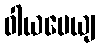
ဝါယမေယျ